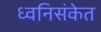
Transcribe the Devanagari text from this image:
ध्वनिसंकेत